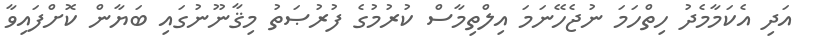
އަދި އެކަމާމެދު ހިތްހަމަ ނުޖެހޭނަމަ އިލްތިމާސް ކުރުމުގެ ފުރުޞަތު މިޤާނޫނުގައި ބަޔާން ކޮށްފައިވާ